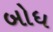
બોધ